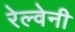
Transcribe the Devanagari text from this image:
रेल्वेनी